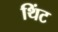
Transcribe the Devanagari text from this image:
थिंट